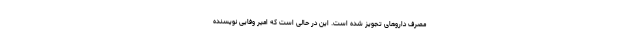
مصرف داروهای تجویز شده است. این در حالی است که امیر وفایی نویسنده